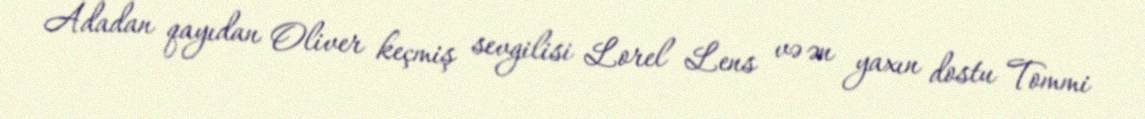
Adadan qayıdan Oliver keçmiş sevgilisi Lorel Lens və ən yaxın dostu Tommi